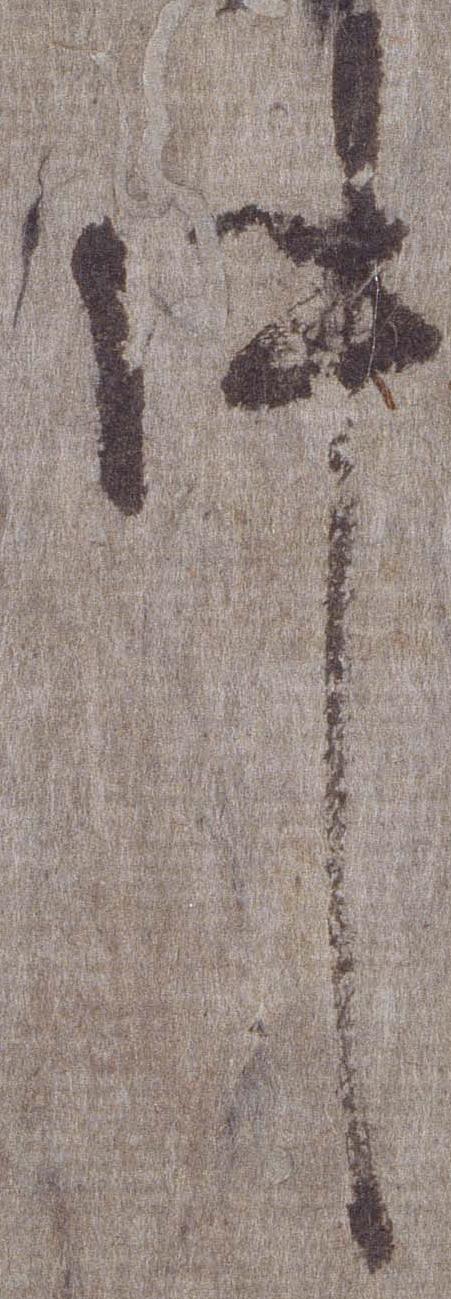
件